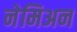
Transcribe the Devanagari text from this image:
नेमिअन